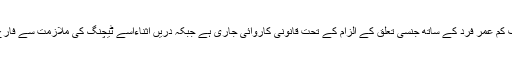
ملزمہ کے خلاف کم عمر فرد کے ساتھ جنسی تعلق کے الزام کے تحت قانونی کاروائی جاری ہے جبکہ دریں اثناءاسے ٹیچنگ کی ملازمت سے فارغ کر دیا گیا ہے۔